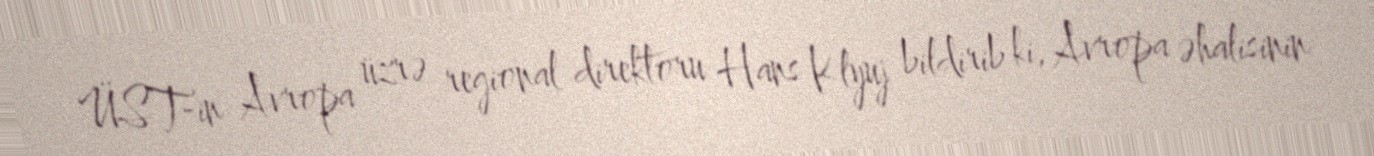
ÜST-in Avropa üzrə regional direktoru Hans Klyuj bildirib ki, Avropa əhalisinin